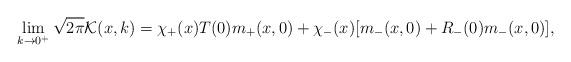
LaTeX: \begin{align*}\lim_{k \rightarrow 0^+} \sqrt{2\pi}\mathcal{K}(x,k) & =\chi_+(x)T(0)m_+(x,0)+ \chi_-(x) [m_-(x,0) + R_-(0)m_-(x,0)],\end{align*}